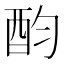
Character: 𨟴